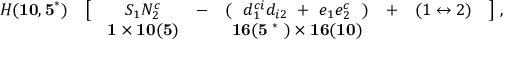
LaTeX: \begin{array} { c c c c c c c c } { { H ( { \bf 1 0 , 5 } ^ { * } ) } } & { { \bigl [ } } & { { S _ { 1 } N _ { 2 } ^ { c } } } & { { - } } & { { ( \ \ d _ { 1 } ^ { c i } d _ { i 2 } \ + \ e _ { 1 } e _ { 2 } ^ { c } \ \ ) } } & { { + } } & { { ( 1 \leftrightarrow 2 ) } } & { { \bigr ] \ , } } \\ { { } } & { { } } & { { \mathrm { \footnotesize \bf 1 } \times \mathrm { \footnotesize \bf 1 0 ( 5 ) } } } & { { } } & { { \mathrm { \footnotesize \bf 1 6 ( 5 ~ ^ { * } ~ ) } \times \mathrm { \footnotesize \bf 1 6 ( 1 0 ) } } } & { { } } & { { } } & { { } } \end{array}